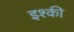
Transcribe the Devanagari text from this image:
इश्की